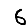
Digit: 6